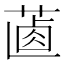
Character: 𦵵